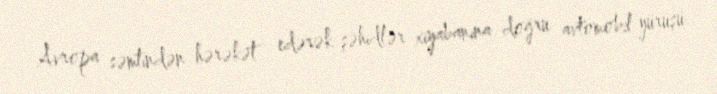
Avropa səmtindən hərəkət edərək şəhidlər xiyabanına doğru avtomobil yürüşü